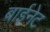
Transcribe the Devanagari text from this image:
बाईनेट